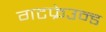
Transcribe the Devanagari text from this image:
गटफ्रेउन्ड